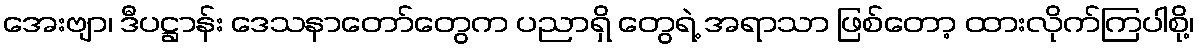
အေးဗျာ၊ ဒီပဋ္ဌာန်း ဒေသနာတော်တွေက ပညာရှိ တွေရဲ့ အရာသာ ဖြစ်တော့ ထားလိုက်ကြပါစို့၊